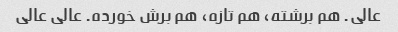
عالی. هم برشته، هم تازه، هم برش خورده. عالی عالی